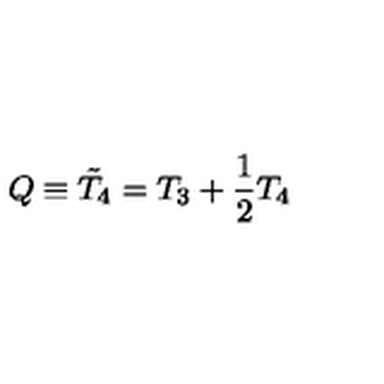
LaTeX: Q \equiv { \tilde { T } } _ { 4 } = T _ { 3 } + \frac { 1 } { 2 } T _ { 4 }